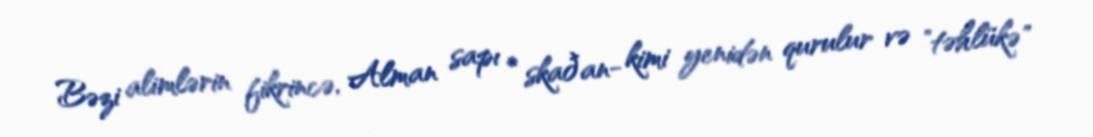
Bəzi alimlərin fikrincə, Alman sapı * skaðan- kimi yenidən qurulur və "təhlükə"